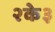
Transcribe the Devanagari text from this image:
२के३